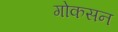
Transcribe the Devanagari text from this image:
गोकसन